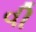
વી